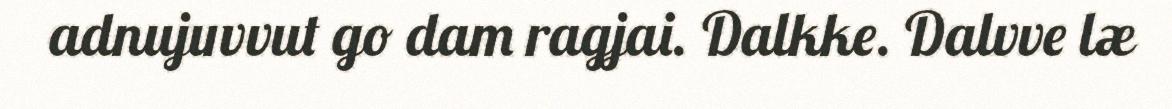
adnujuvvut go dam ragjai. Dalkke. Dalvve læ